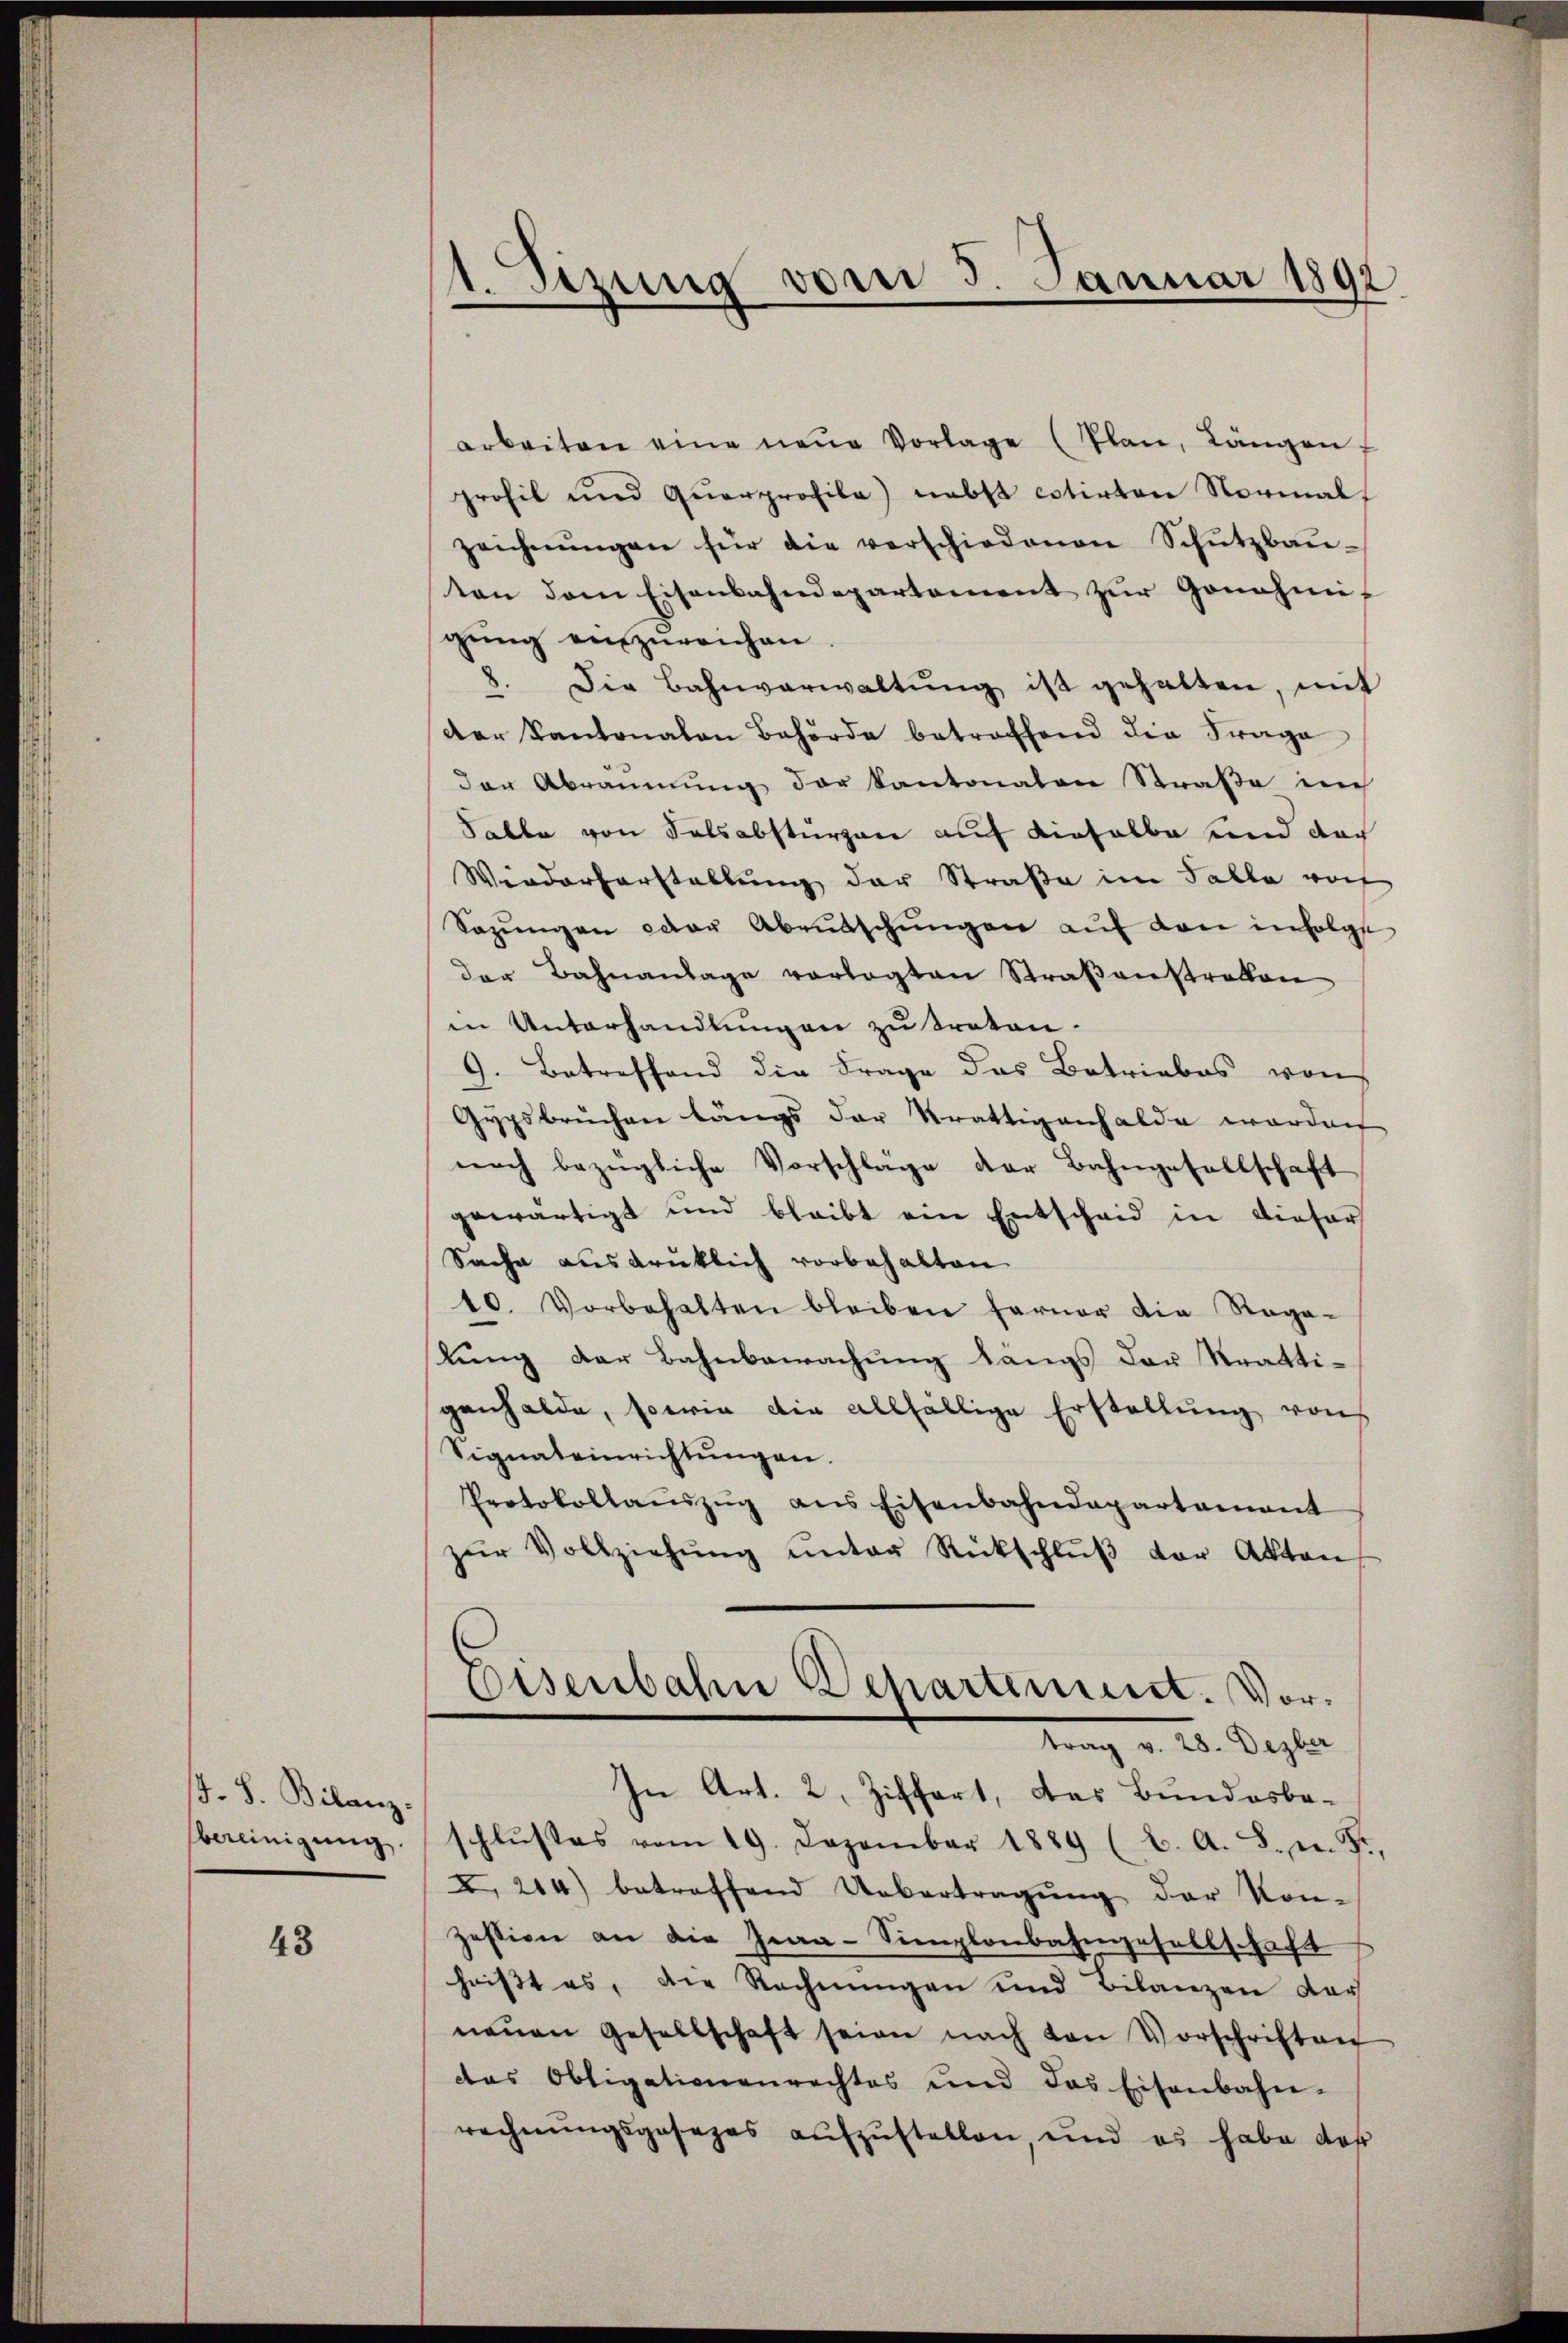
J. F. Bilanz.
bereinigung.

43

Sizung vom 5. Januar 1892

arbeiten eine neŭe Vorlage (Plan, Längen f
profil und Qŭarprofile) nebst cotirten Normals
zeichnŭngen für die verschiedenen Schŭtzbaŭ-
ten dem Eisenbahndepartement zŭr Genehmi-
gŭng anzureichen.
8. Die Bahnverwaltŭng ist gehalten, mit
der Kantonalen Behörde betroffend die Frage
der Abraŭmŭng der kantonalen Straβe im
Falle von Falsabsturzen auf einhalbe und doch
Wiederherstellung der Straße im Falle vor
Sazungen war Abrutschungen auf den infolge
der Bahnanlage vorlegten Straβenstraten
in Unterhandlungen zu treten.
9. Betreffend die Frage das Betriebes von
Gypsbrŭchen längs der Krattigenhalde werden
noch bezügliche Vorschläge der Bahngesellschaft
gewärtigt und bleibt ein Entscheid in dieser
Sache ausdrüklich vorbehalten.
10. Vorbehalten bleiben ferner die Rega-
lung der Bahnbewachung längs der Stratti-
ganhalde, sowie die allfällige Erstellŭng von
Signaleinrichtŭngen.
Protokollaŭszŭg ans Eisenbahndepartament
zŭr Vollziehŭng ŭnter Rückschlŭβ der Akten
Eisenbahn Departement. Vortrag v. 28. Dezber
In Art. 2. Ziffert, das Bundesbe-
schlŭsses vom 19. Dezember 1889 (2. A. S. m. Fr.
I 214) betreffend Uebertragŭng der Kon-
zession an die Gra-Simplonbahngesellschaft
heißt es, die Rechnungen und Bilanzen der
neŭen Gesellschaft seien nach von Vorschriften
das Obligationenrechtes und das Eisenbahn-
rechnungsgesezes aufzustellen, und es habe daß